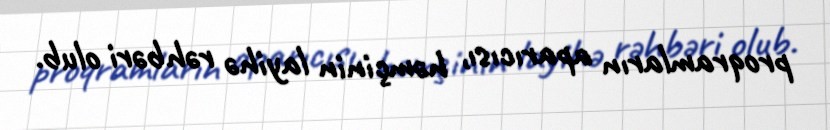
proqramların aparıcısı, həmçinin layihə rəhbəri olub.